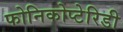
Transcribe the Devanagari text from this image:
फोनिकोप्टेरिडी